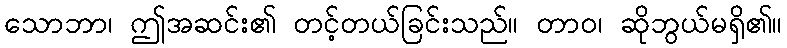
သောဘာ၊ ဤအဆင်း၏ တင့်တယ်ခြင်းသည်။ တာဝ၊ ဆိုဘွယ်မရှိ၏။